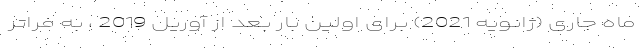
ماه جاری (ژانویه 2021) برای اولین بار بعد از آوریل 2019 ، به فراتر